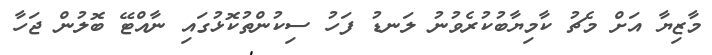
މާޒިޔާ އަށް މެޗު ކާމިޔާބުކުރެވުނު ލަނޑު ފަހު ސިކުންތުކޮޅުގައި ނާއްޓޭ ބޮލުން ޖަހާ